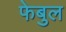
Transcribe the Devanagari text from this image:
फेबुल